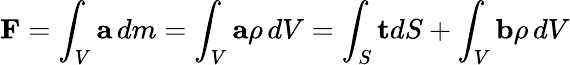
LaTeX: \mathbf{F}=\int_{V}\mathbf{a}\, dm=\int_{V}\mathbf{a}\rho\, dV=\int_{S}\mathbf{t}dS+\int_{V}\mathbf{b}\rho\, dV